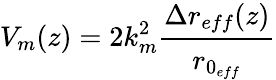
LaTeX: V_{m}(z)=2k_{m}^{2}\cfrac{\Delta r_{eff}(z)}{r_{0_{eff}}}